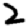
Digit: 2